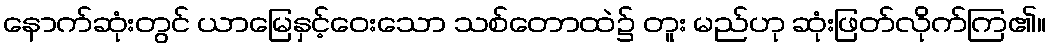
နောက်ဆုံးတွင် ယာမြေနှင့်ဝေးသော သစ်တောထဲ၌ တူး မည်ဟု ဆုံးဖြတ်လိုက်ကြ၏။